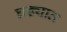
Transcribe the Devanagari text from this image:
घड्यात